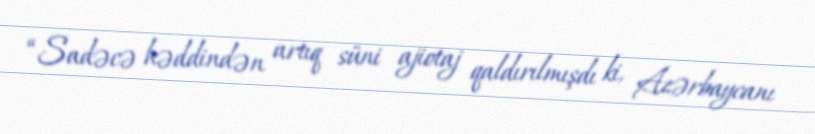
“Sadəcə həddindən artıq süni ajiotaj qaldırılmışdı ki, Azərbaycanı